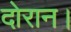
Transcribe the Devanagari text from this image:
दोरान।